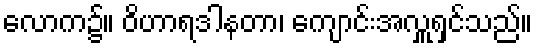
လောက၌။ ဝိဟာရဒါနတာ၊ ကျောင်းအလှူရှင်သည်။